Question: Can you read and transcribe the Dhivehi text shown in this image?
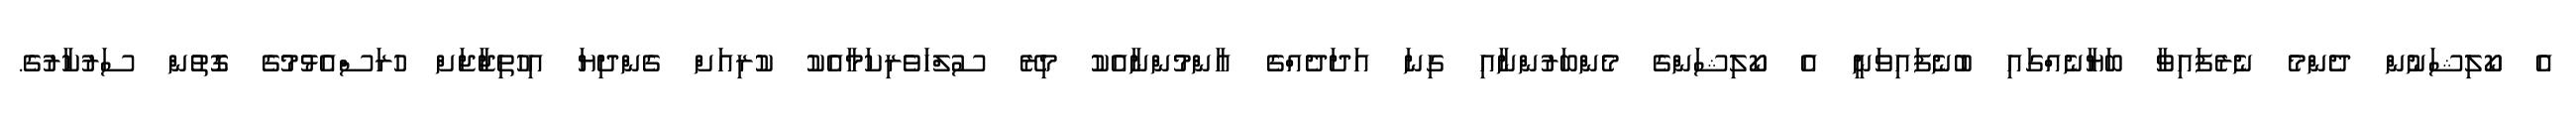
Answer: އެ ކޯލިޝަނުން ދެންމެ ނެރެފައިވާ ބަޔާނެއްގައި ބުނެފައިވަނީ އެ ކޯލިޝަންގެ މެންބަރުންނާއި ގިނަ އަދަދެއްގެ އާންމުންނާއެކު މިރޭ ސުލްހަވެރިކަމާއެކު ކުރިއަށް ގެންދިޔަ އިހުތިޖާޖަށް ހުރަސްއެޅުމުގެ ގޮތުން ސަރުކާރުގެ.